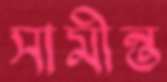
সামীন্ত